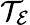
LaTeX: \mathcal{T}_{\mathcal{E}}